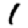
Digit: 1